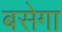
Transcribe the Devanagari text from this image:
बसेगा